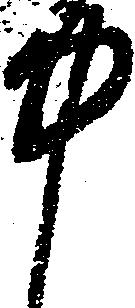
中